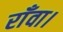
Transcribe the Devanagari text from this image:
राँवा।